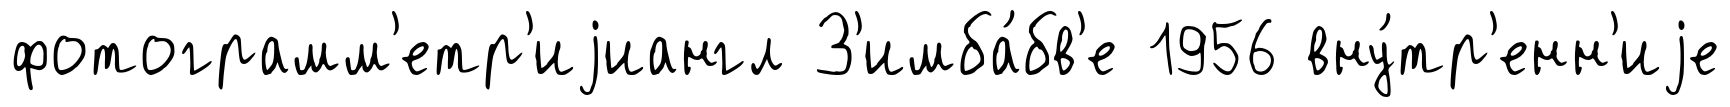
фотограмм'етр'иjиангл З'имба́бв'е 1956 вну́тр'енн'иjе